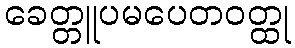
ခေတ္တူပမပေတဝတ္ထု